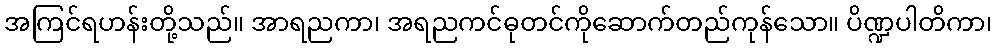
အကြင်ရဟန်းတို့သည်။ အာရညကာ၊ အရညကင်ဓုတင်ကိုဆောက်တည်ကုန်သော။ ပိဏ္ဍပါတိကာ၊